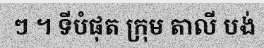
ៗ ។ ទីបំផុត ក្រុម តាលី បង់